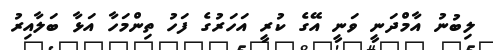
ލިބުނު އާމްދަނީ ވަނީ އޭގެ ކުރީ އަހަރުގެ ފަހު ތިންމަހާ އަޅާ ބަލާއިރު